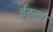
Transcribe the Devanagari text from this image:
ईरुल